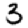
Digit: 3